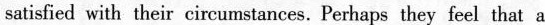
satisfied with ther circumstances Perhps they feel that a